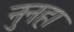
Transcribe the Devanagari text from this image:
नुनहा